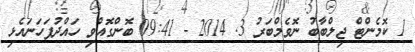
1 ކޮމެންޓް ޖިލްބާބު ނޮވެމްބަރު 3